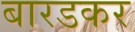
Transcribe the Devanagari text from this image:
बारडकर